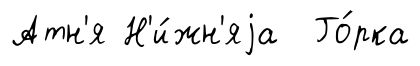
Атн'я Н'и́жн'яjа Го́рка